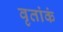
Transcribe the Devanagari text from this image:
वृतांकं